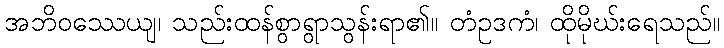
အဘိဝဿေယျ၊ သည်းထန်စွာရွာသွန်းရာ၏။ တံဥဒကံ၊ ထိုမိုဃ်းရေသည်။